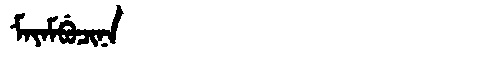
Manchu: ᠮᠠᠶᠠᠮᠪᡠᠴᡳᠨᠠ
Romanization: MAYAMBUCINA